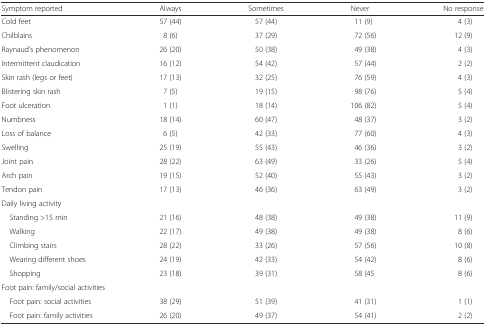
| Symptom reported | Always | Sometimes | Never | No response |
 | --- | --- | --- | --- | --- |
 | Cold feet | 57 (44) | 57 (44) | 11 (9) | 4 (3) |
 | Chilblains | 8 (6) | 37 (29) | 72 (56) | 12 (9) |
 | Raynaud’s phenomenon | 26 (20) | 50 (38) | 49 (38) | 4 (3) |
 | Intermittent claudication | 16 (12) | 54 (42) | 57 (44) | 2 (2) |
 | Skin rash (legs or feet) | 17 (13) | 32 (25) | 76 (59) | 4 (3) |
 | Blistering skin rash | 7 (5) | 19 (15) | 98 (76) | 5 (4) |
 | Foot ulceration | 1 (1) | 18 (14) | 106 (82) | 5 (4) |
 | Numbness | 18 (14) | 60 (47) | 48 (37) | 3 (2) |
 | Loss of balance | 6 (5) | 42 (33) | 77 (60) | 4 (3) |
 | Swelling | 25 (19) | 55 (43) | 46 (36) | 3 (2) |
 | Joint pain | 28 (22) | 63 (49) | 33 (26) | 5 (4) |
 | Arch pain | 19 (15) | 52 (40) | 55 (43) | 3 (2) |
 | Tendon pain | 17 (13) | 46 (36) | 63 (49) | 3 (2) |
 | <COLSPAN=5> Daily living activity |
 | Standing >15 min | 21 (16) | 48 (38) | 49 (38) | 11 (9) |
 | Walking | 22 (17) | 49 (38) | 49 (38) | 8 (6) |
 | Climbing stairs | 28 (22) | 33 (26) | 57 (56) | 10 (8) |
 | Wearing different shoes | 24 (19) | 42 (33) | 54 (42) | 8 (6) |
 | Shopping | 23 (18) | 39 (31) | 58 (45 | 8 (6) |
 | <COLSPAN=5> Foot pain: family/social activities |
 | Foot pain: social activities | 38 (29) | 51 (39) | 41 (31) | 1 (1) |
 | Foot pain: family activities | 26 (20) | 49 (37) | 54 (41) | 2 (2) |